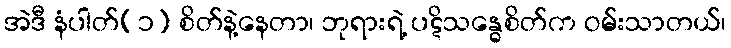
အဲဒီ နံပါတ်(၁) စိတ်နဲ့နေတာ၊ ဘုရားရဲ့ ပဋိသန္ဓေစိတ်က ဝမ်းသာတယ်၊